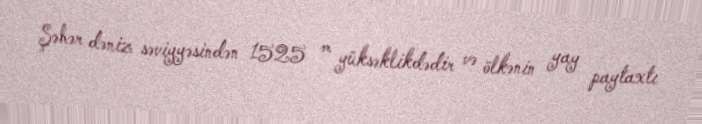
Şəhər dəniz səviyyəsindən 1525 m yüksəklikdədir və ölkənin yay paytaxtı